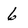
Character: 6